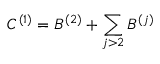
C ^ { ( 1 ) } = B ^ { ( 2 ) } + \sum _ { j > 2 } B ^ { ( j ) }